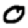
Digit: 0